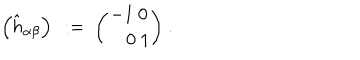
LaTeX: \left( \hat { h } _ { \alpha \beta } \right) \ : = \ { \binom { - 1 \ 0 } { \quad 0 \ 1 } } \ .